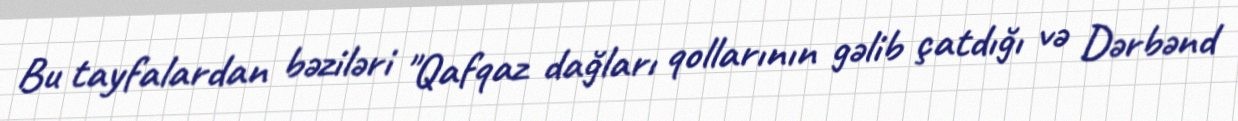
Bu tayfalardan bəziləri "Qafqaz dağları qollarının gəlib çatdığı və Dərbənd